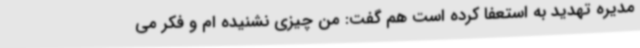
مدیره تهدید به استعفا کرده است هم گفت: من چیزی نشنیده ام و فکر می